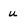
Character: u